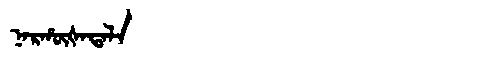
Manchu: ᠨᠠᡵᡥᡡᡧᠠᡨᠠᠯᠠ
Romanization: NARHŪŠATALA